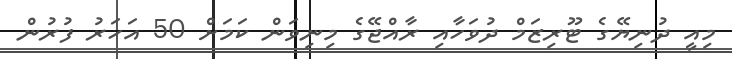
މިއީ ދުނިޔޭގެ ޓޫރިޒަމް ދުވަހާއި ރާއްޖޭގެ މިނިވަން ކަމަށް 50 އަހަރު ފުރުން